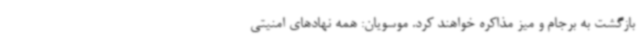
بازگشت به برجام و میز مذاکره خواهند کرد. موسویان: همه نهادهای امنیتی